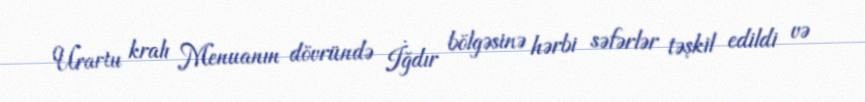
Urartu kralı Menuanın dövründə İğdır bölgəsinə hərbi səfərlər təşkil edildi və